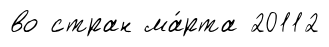
во стран ма́рта 20112